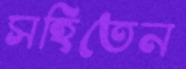
সহিতেন